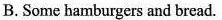
B. Some hamburgers and bread.